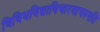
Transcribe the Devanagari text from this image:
विविधविद्याविचारवाचस्पति